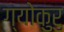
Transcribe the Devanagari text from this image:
ग्योकुरु